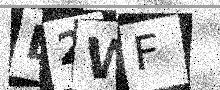
Text: B2WF